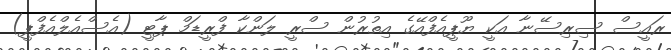
ރައީސް ސިރިސޭނާ އަކީ ޔޫޕީއެފްއޭގެ އިތުރުން ސްރީ ލަންކާ ފްރީޑަމް ޕާޓީ (އެސްއެލްއެފްޕީ)